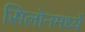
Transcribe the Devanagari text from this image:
सिलोनमध्यें